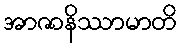
အာဇာနိဿာမာတိ